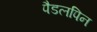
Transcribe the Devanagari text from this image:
पैडलपिन